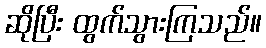
ဆိုပြီး ထွက်သွားကြသည်။